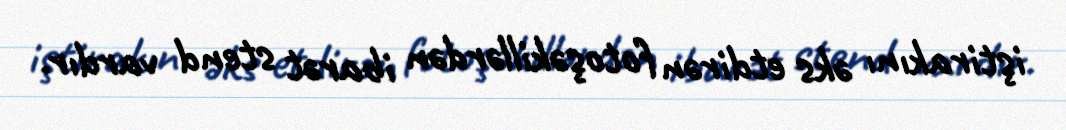
iştirakını əks etdirən fotoşəkillərdən ibarət stend vardır.